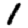
Digit: 1